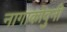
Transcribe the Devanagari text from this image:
नागाकोवुनी